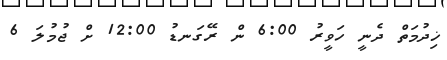
ޚިދުމަތް ދެނީ ހަވީރު 6:00 ން ރޭގަނޑު 12:00 ށް ޖުމުލަ 6